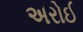
અરોઈ